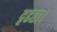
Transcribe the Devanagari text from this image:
दृढता।